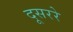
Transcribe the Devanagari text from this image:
दूसररे